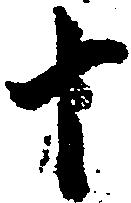
十